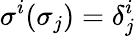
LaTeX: \sigma^{i}(\sigma_{j})=\delta_{j}^{i}